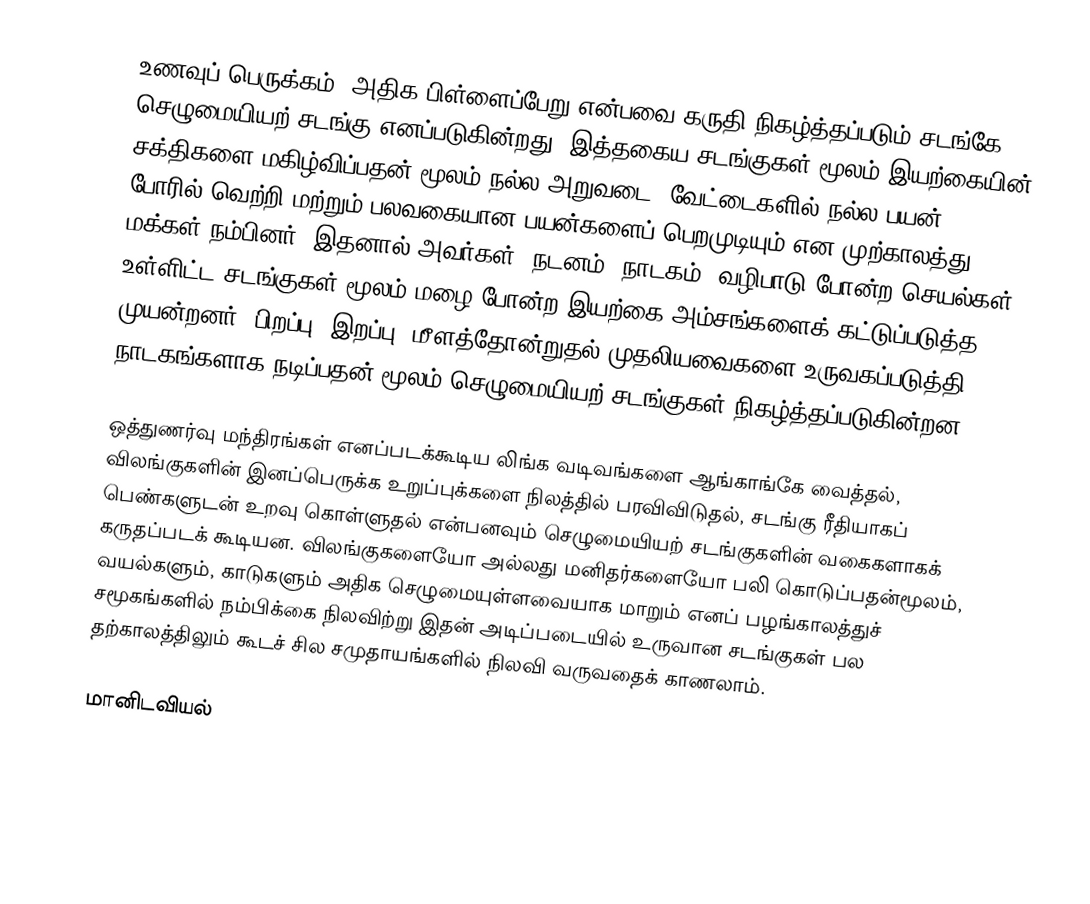
உணவுப் பெருக்கம், அதிக பிள்ளைப்பேறு என்பவை கருதி நிகழ்த்தப்படும் சடங்கே செழுமையியற் சடங்கு எனப்படுகின்றது. இத்தகைய சடங்குகள் மூலம் இயற்கையின் சக்திகளை மகிழ்விப்பதன் மூலம் நல்ல அறுவடை, வேட்டைகளில் நல்ல பயன், போரில் வெற்றி மற்றும் பலவகையான பயன்களைப் பெறமுடியும் என முற்காலத்து மக்கள் நம்பினர். இதனால் அவர்கள், நடனம், நாடகம், வழிபாடு போன்ற செயல்கள் உள்ளிட்ட சடங்குகள் மூலம் மழை போன்ற இயற்கை அம்சங்களைக் கட்டுப்படுத்த முயன்றனர். பிறப்பு, இறப்பு, மீளத்தோன்றுதல் முதலியவைகளை உருவகப்படுத்தி, நாடகங்களாக நடிப்பதன் மூலம் செழுமையியற் சடங்குகள் நிகழ்த்தப்படுகின்றன.

ஒத்துணர்வு மந்திரங்கள் எனப்படக்கூடிய லிங்க வடிவங்களை ஆங்காங்கே வைத்தல், விலங்குகளின் இனப்பெருக்க உறுப்புக்களை நிலத்தில் பரவிவிடுதல், சடங்கு ரீதியாகப் பெண்களுடன் உறவு கொள்ளுதல் என்பனவும் செழுமையியற் சடங்குகளின் வகைகளாகக் கருதப்படக் கூடியன. விலங்குகளையோ அல்லது மனிதர்களையோ பலி கொடுப்பதன்மூலம், வயல்களும், காடுகளும் அதிக செழுமையுள்ளவையாக மாறும் எனப் பழங்காலத்துச் சமூகங்களில் நம்பிக்கை நிலவிற்று இதன் அடிப்படையில் உருவான சடங்குகள் பல தற்காலத்திலும் கூடச் சில சமுதாயங்களில் நிலவி வருவதைக் காணலாம்.

மானிடவியல்